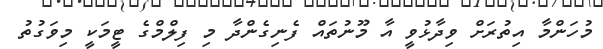
މުހަންމާ އިތުރަށް ވިދާޅުވީ އާ މޫނުތައް ފެނިގެންދާ މި ފިލްމްގެ ޓީމަކީ މިވަގުތު